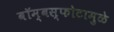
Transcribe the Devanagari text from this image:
बॉम्बस्फोटामुळे